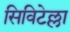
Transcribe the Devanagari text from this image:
सिविटेल्ला